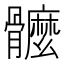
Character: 𩪮